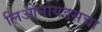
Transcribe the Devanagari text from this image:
लिओनायडसचा